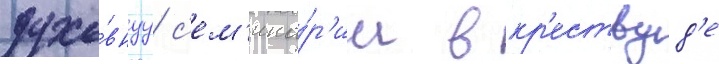
духо́внуу с'ем'ина́р'ии в кр'ествуд'е